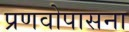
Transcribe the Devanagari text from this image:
प्रणवोपासना